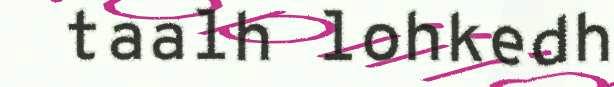
taalh lohkedh